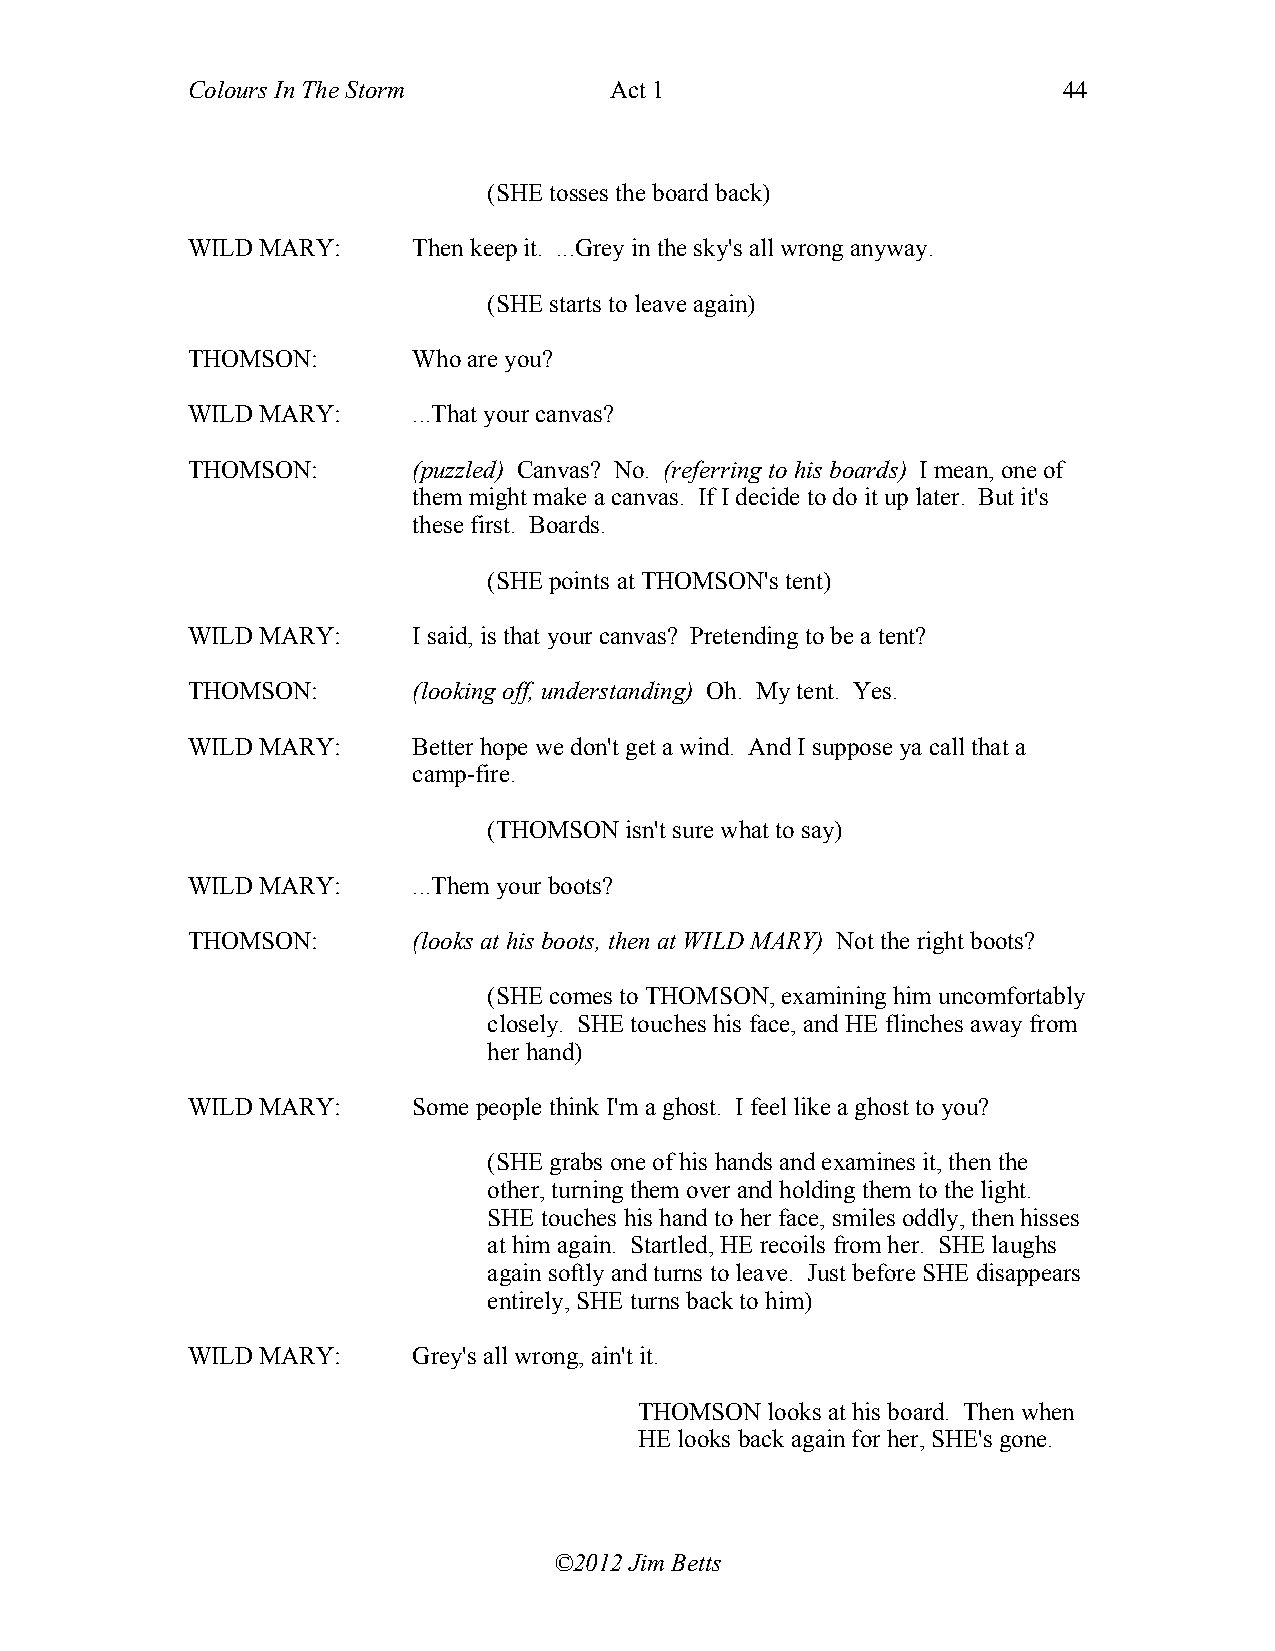
Colours In The Storm        Act 1                         44
 (SHE tosses the board back)
 WILD MARY:     Then keep it. ...Grey in the sky's all wrong anyway.
 (SHE starts to leave again)
 THOMSON:       Who are you?
 WILD MARY:     ...That your canvas?
 THOMSON:       (puzzled) Canvas? No. (referring to his boards) I mean, one of
 them might make a canvas. If I decide to do it up later. But it's
 these first. Boards.
 (SHE points at THOMSON's tent)
 WILD MARY:     I said, is that your canvas? Pretending to be a tent?
 THOMSON:       (looking off, understanding) Oh. My tent. Yes.
 WILD MARY:     Better hope we don't get a wind. And I suppose ya call that a
 camp-fire.
 (THOMSON isn't sure what to say)
 WILD MARY:     ...Them your boots?
 THOMSON:       (looks at his boots, then at WILD MARY) Not the right boots?
 (SHE comes to THOMSON, examining him uncomfortably
 closely. SHE touches his face, and HE flinches away from
 her hand)
 WILD MARY:     Some people think I'm a ghost. I feel like a ghost to you?
 (SHE grabs one of his hands and examines it, then the
 other, turning them over and holding them to the light.
 SHE touches his hand to her face, smiles oddly, then hisses
 at him again. Startled, HE recoils from her. SHE laughs
 again softly and turns to leave. Just before SHE disappears
 entirely, SHE turns back to him)
 WILD MARY:     Grey's all wrong, ain't it.
 THOMSON  looks at his board. Then when
 HE looks back again for her, SHE's gone.
 ©2012 Jim Betts